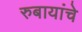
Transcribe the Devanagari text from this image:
रुबायांचे